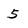
Character: 5